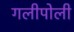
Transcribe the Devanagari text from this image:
गलीपोली